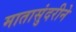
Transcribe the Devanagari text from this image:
मातासुंदरीने